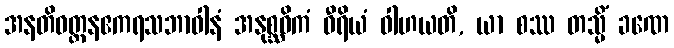
အနတိဝတ္တနဧကရသဘာဝါနံ အနုစ္ဆဝိကံ ဝီရိယံ ဝါဟယတိ, ယာ စဿ တသ္မိံ ခဏေ